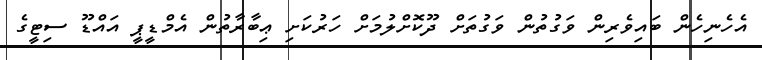
އެހެނިހެން ބައިވެރިން ވަގުތުން ވަގުތަށް ދޫކޮށްލުމަށް ހަރުކަށި ޢިބާރާތުން އެމްޑީޕީ އައްޑޫ ސިޓީގެ